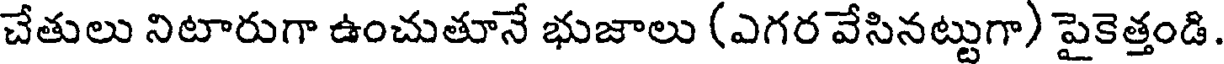
చేతులు నిటారుగా ఉంచుతూనే భుజాలు (ఎగర వేసినట్టుగా) పైకెత్తండి.